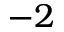
- 2